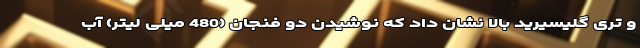
و تری گلیسیرید بالا نشان داد که نوشیدن دو فنجان (480 میلی لیتر) آب